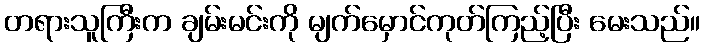
တရားသူကြီးက ချမ်းမင်းကို မျက်မှောင်ကုတ်ကြည့်ပြီး မေးသည်။